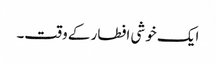
ایک خوشی افطار کے وقت۔